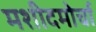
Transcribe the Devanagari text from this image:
मशीदमोर्चा